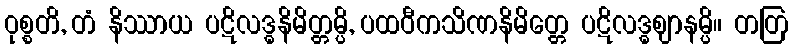
ဝုစ္စတိ, တံ နိဿာယ ပဋိလဒ္ဓနိမိတ္တမ္ပိ, ပထဝီကသိဏနိမိတ္တေ ပဋိလဒ္ဓဈာနမ္ပိ။ တတြ